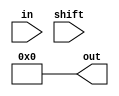
module shift_register #(
  parameter DEPTH = 10,
  parameter WIDTH = 4
)(
  input [WIDTH-1:0] in,
  input shift,
  output [WIDTH*DEPTH-1:0] out
);
  // YOUR CODE HERE.
  assign out = 0;
endmodule